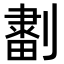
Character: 𠟷